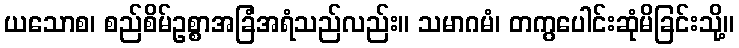
ယသောစ၊ စည်စိမ်ဥစ္စာအခြံအရံသည်လည်း။ သမာဂမံ၊ တကွပေါင်းဆုံမိခြင်းသို့။